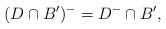
LaTeX: \begin{align*} (D \cap B')^- = D^- \cap B', \end{align*}